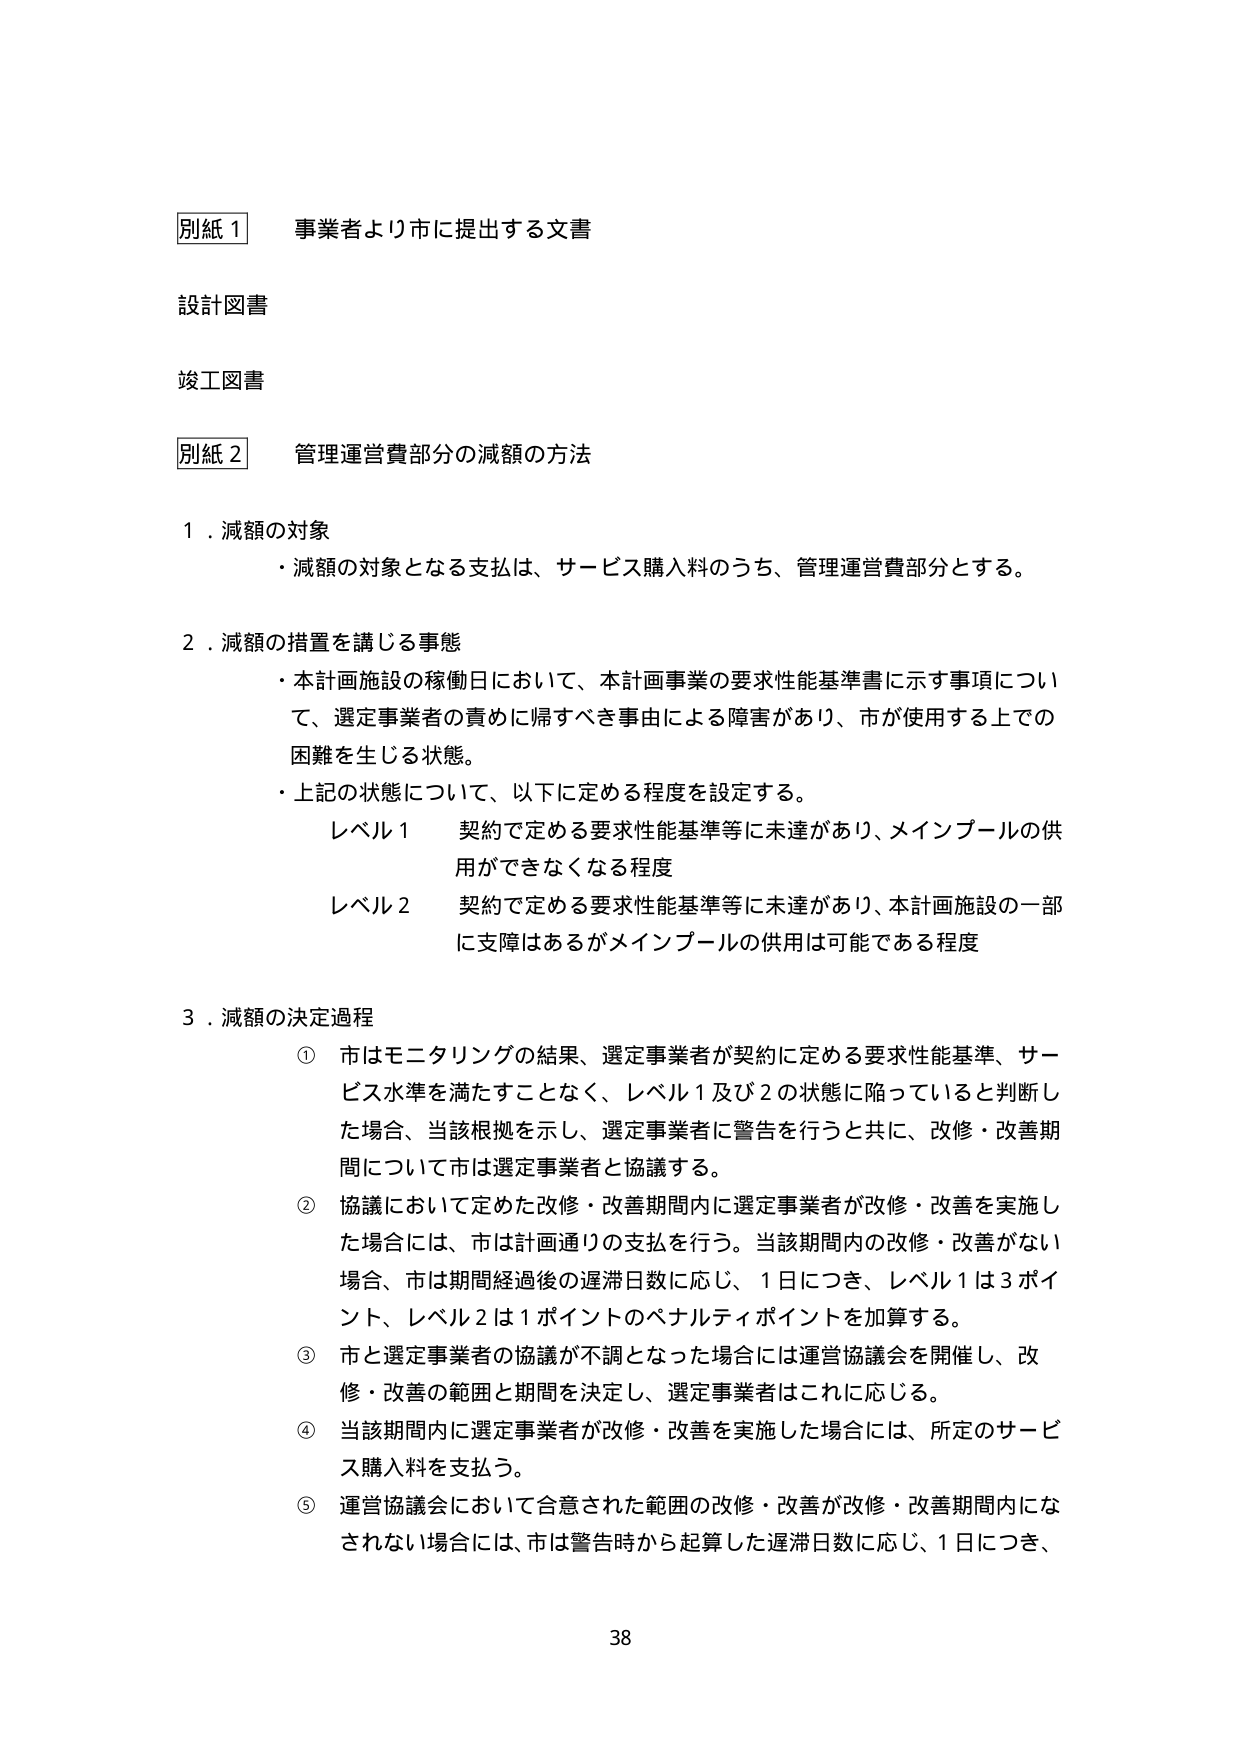
別紙１　事業者より市に提出する文書

設計図書

竣工図書

別紙２　管理運営費部分の減額の方法

１．減額の対象
・減額の対象となる支払は、サービス購入料のうち、管理運営費部分とする。

２．減額の措置を講じる事態
・本計画施設の稼働日において、本計画事業の要求性能基準書に示す事項について、選定事業者の責めに帰すべき事由による障害があり、市が使用する上での困難を生じる状態。
・上記の状態について、以下に定める程度を設定する。
　レベル１　契約で定める要求性能基準等に未達があり、メインプールの供用ができなくなる程度
　レベル２　契約で定める要求性能基準等に未達があり、本計画施設の一部に支障はあるがメインプールの供用は可能である程度

３．減額の決定過程
① 市はモニタリングの結果、選定事業者が契約に定める要求性能基準、サービス水準を満たすことなく、レベル１及び２の状態に陥っていると判断した場合、当該根拠を示し、選定事業者に警告を行うと共に、改修・改善期間について市は選定事業者と協議する。
② 協議において定めた改修・改善期間内に選定事業者が改修・改善を実施した場合には、市は計画通りの支払を行う。当該期間内の改修・改善がない場合、市は期間経過後の遅滞日数に応じ、１日につき、レベル１は３ポイント、レベル２は１ポイントのペナルティポイントを加算する。
③ 市と選定事業者の協議が不調となった場合には運営協議会を開催し、改修・改善の範囲と期間を決定し、選定事業者はこれに応じる。
④ 当該期間内に選定事業者が改修・改善を実施した場合には、所定のサービス購入料を支払う。
⑤ 運営協議会において合意された範囲の改修・改善が改修・改善期間内になされない場合には、市は警告時から起算した遅滞日数に応じ、１日につき、

38